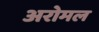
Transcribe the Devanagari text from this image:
अरोमल